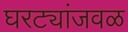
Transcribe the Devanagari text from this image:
घरट्यांजवळ